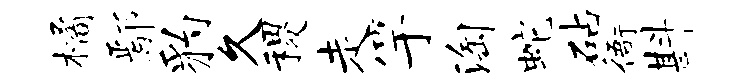
橘鄢豹久稷走竽淘蛇砧衙斟